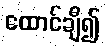
ထောင်ချီ၍